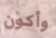
وأكون